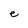
Character: e